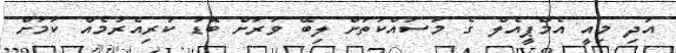
އަދި މިއީ އެމްޕީއެލް ގެ މަސައްކަތަށް ލިބޭ ވަރަށް ބޮޑު ކުރިއެރުމެއް ކަމަށް